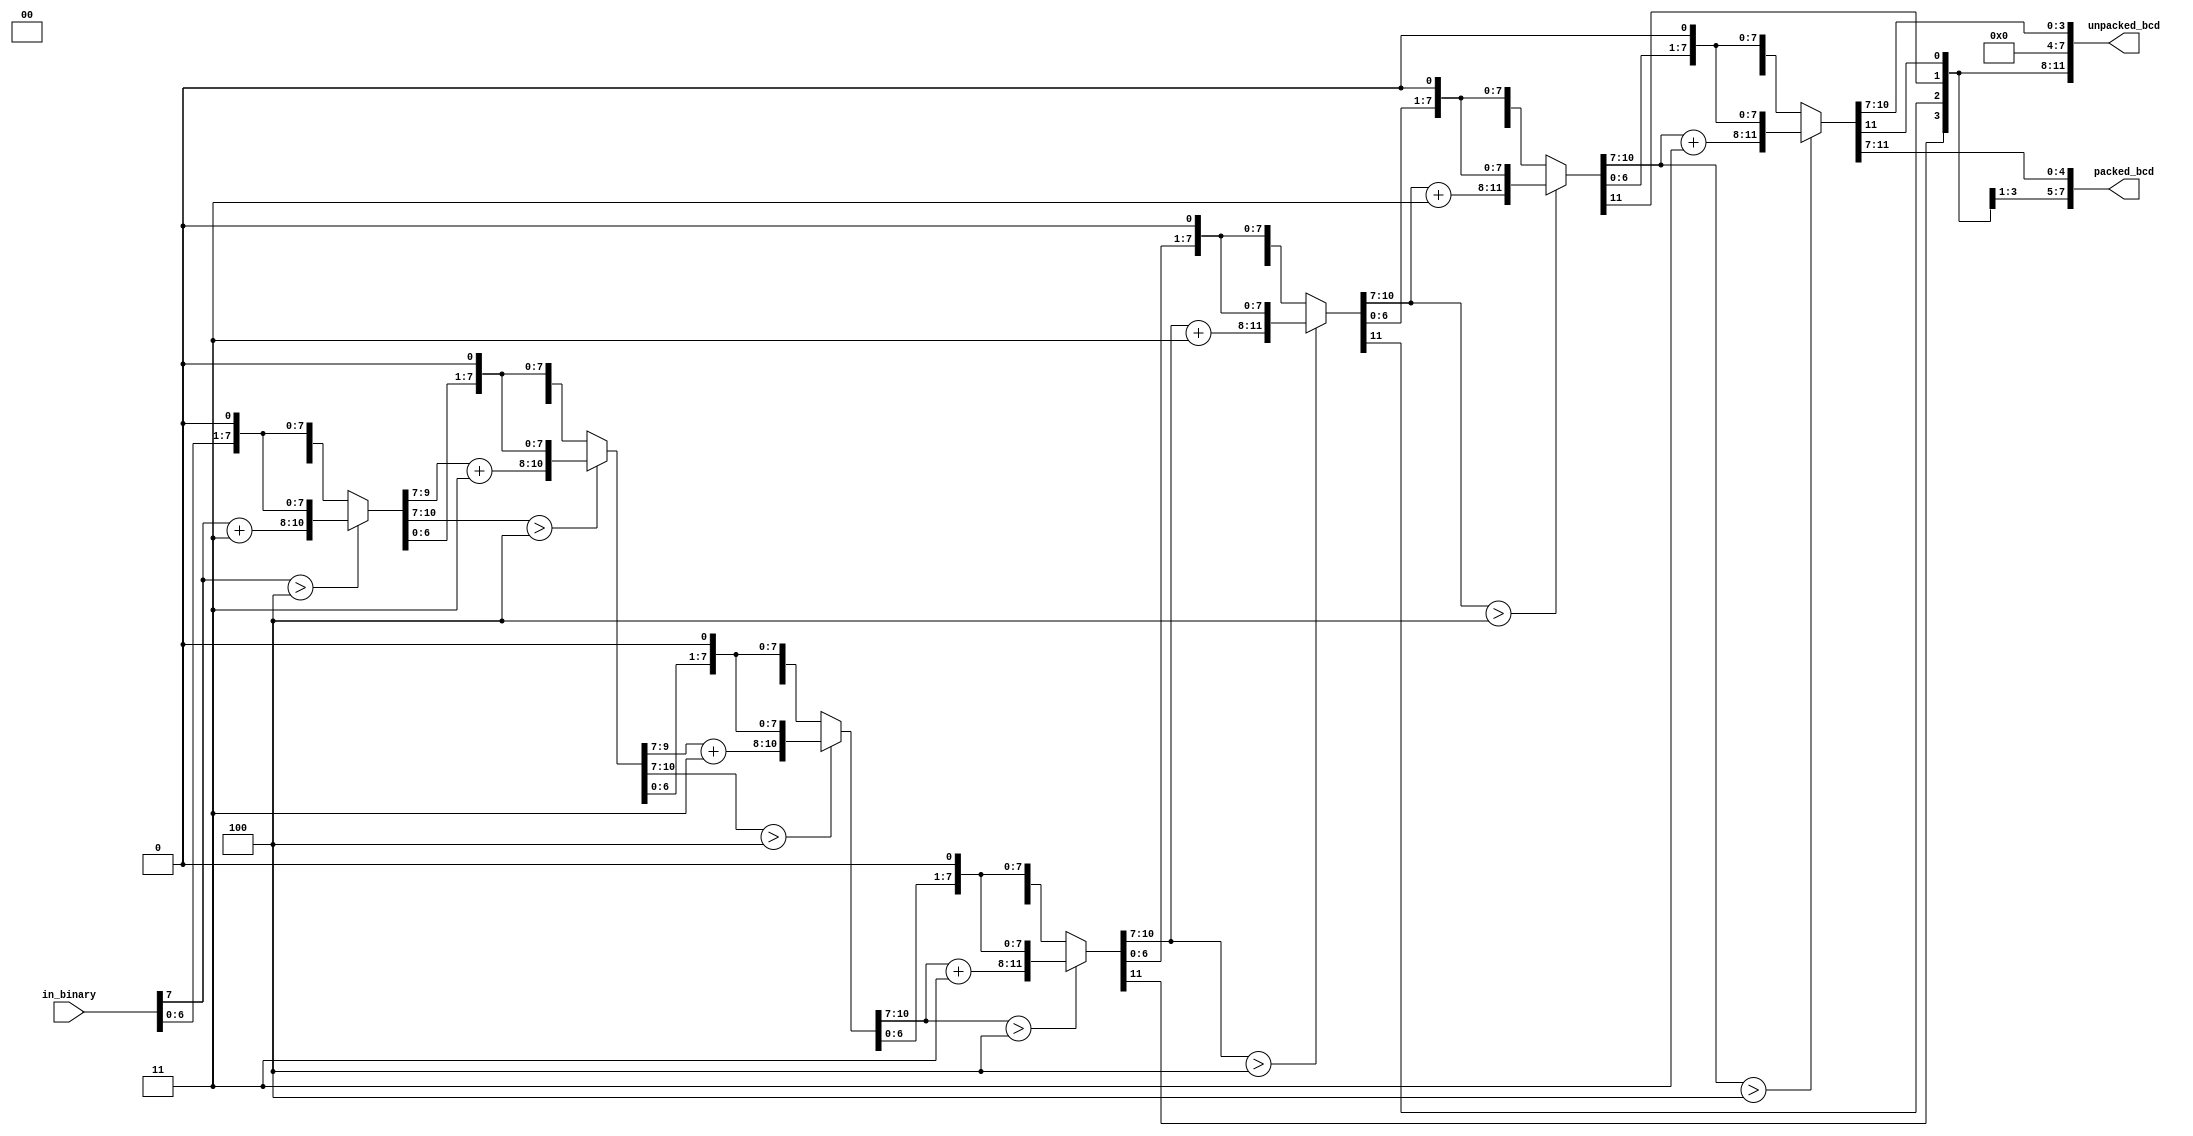
`timescale 1ns / 1ps
//////////////////////////////////////////////////////////////////////////////////
// Company: 
// Engineer: 
// 
// Design Name: 
// Module Name: binary2bcd_double_dabble
// Project Name: 
// Target Devices: 
// Tool Versions: 
// Description: 
// 
// Dependencies: 
// 
// Revision:
// Revision 0.01 - File Created
// Additional Comments:
// 
//////////////////////////////////////////////////////////////////////////////////
`define N 8

module binary2bcd_double_dabble(
    input [7:0] in_binary,
    output reg [15:0] unpacked_bcd,
    output reg [7:0] packed_bcd
    );
    reg [15:0] scratch_pad_temp1;
    reg [15:0] scratch_pad_temp2;
    reg [15:0] scratch_pad_temp3;
    wire [3:0] zero_4 = 4'd0;
    integer i;
    
always @* begin
    scratch_pad_temp1 = {8'b0, in_binary};  //MSB to MSB-7 should be assign 0
    scratch_pad_temp2 = scratch_pad_temp1;
    for(i=1;i<`N;i=i+1)
        scratch_pad_temp2 = double_dabble(scratch_pad_temp2);
    scratch_pad_temp3 = scratch_pad_temp2 << 1;
    
    packed_bcd = scratch_pad_temp3[15:8];
    unpacked_bcd = {zero_4, scratch_pad_temp3[15:12], zero_4, scratch_pad_temp3[11:8]};
end 
    
    
    function [15:0] double_dabble;
        input [15:0] scratch_pad;
        reg [15:0] result;
        reg [15:0] shifted_scratch;
        begin
            shifted_scratch = scratch_pad << 1;
            if(shifted_scratch[11:8] > 4'b0100)
                result = {shifted_scratch[15:12], shifted_scratch[11:8] + 4'b0011, shifted_scratch[7:0]};
            else
                result = shifted_scratch;
            double_dabble = result;
        end 
    endfunction
    
endmodule